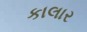
કાલાર